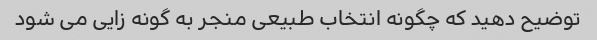
توضیح دهید که چگونه انتخاب طبیعی منجر به گونه زایی می شود